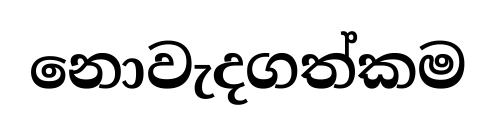
නොවැදගත්කම